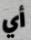
أي